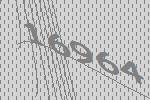
16964